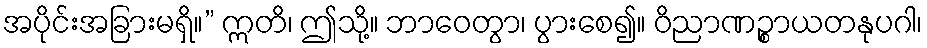
အပိုင်းအခြားမရှိ။” ဣတိ၊ ဤသို့။ ဘာဝေတွာ၊ ပွားစေ၍။ ဝိညာဏဉ္စာယတနုပဂါ၊